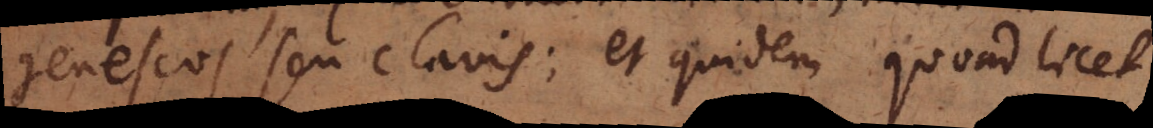
geneseos seu clavis; et quidem quoad licet